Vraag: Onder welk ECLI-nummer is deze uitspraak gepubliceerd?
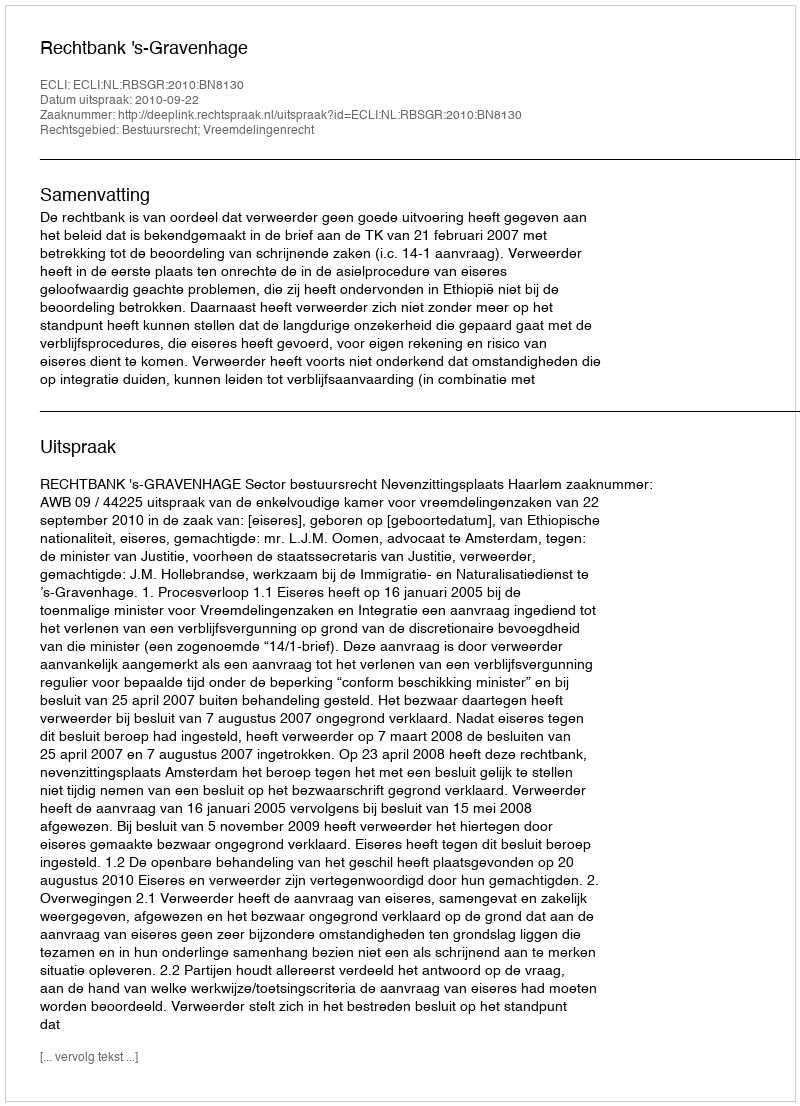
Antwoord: ECLI:NL:RBSGR:2010:BN8130